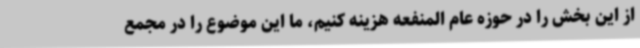
از این بخش را در حوزه عام المنفعه هزینه کنیم، ما این موضوع را در مجمع